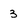
Character: 3